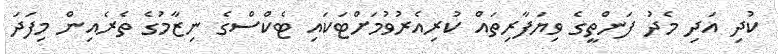
ކުދި އަދި މެދު ފަންތީގެ ވިޔަފާރިތައް ކުރިއެރުވުމަށްޓަކައި ޓެކްސްގެ ނިޒާމުގެ ތެރެއިން މިފަދަ